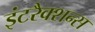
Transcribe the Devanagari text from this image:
इंटरैक्शन्स